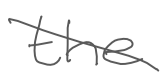
Text: the
Cross-out: diagonal
Writing tool: digital_gray